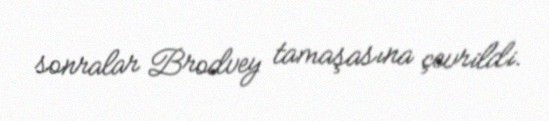
sonralar Brodvey tamaşasına çevrildi.